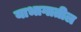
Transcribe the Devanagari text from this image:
याभागातील